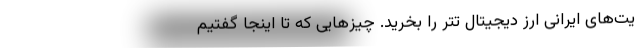
یت‌های ایرانی ارز دیجیتال تتر را بخرید. چیزهایی که تا اینجا گفتیم